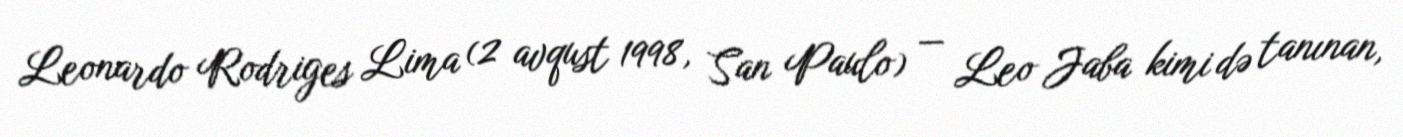
Leonardo Rodriges Lima (2 avqust 1998, San Paulo) — Leo Jaba kimi də tanınan,